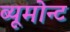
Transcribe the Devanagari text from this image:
ब्यूमोन्ट